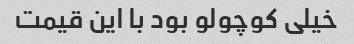
خیلی کوچولو بود با این قیمت